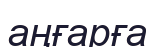
аңғарға